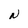
Character: N